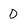
Character: D